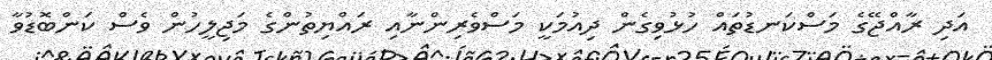
އަދި ރާއްޖޭގެ މަސްކަނޑުތައް ހުޅުވިގެން ދިއުމަކީ މަސްވެރިންނާއި ރައްޔިތުންގެ މަޖިލީހުން ވެސް ކަންބޮޑުވާ